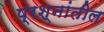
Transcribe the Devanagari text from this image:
प्रश्नांतील